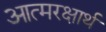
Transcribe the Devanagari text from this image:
आत्मरक्षार्थ